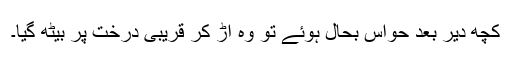
کچھ دیر بعد حواس بحال ہوئے تو وہ اڑ کر قریبی درخت پر بیٹھ گیا۔